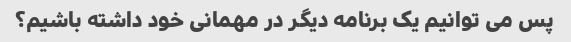
پس می توانیم یک برنامه دیگر در مهمانی خود داشته باشیم؟